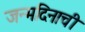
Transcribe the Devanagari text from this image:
जन्मदिनाची